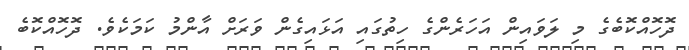
ދޮހޮއްކޮބެގެ މި ލަވައިން އަހަރެންގެ ހިތުގައި އަޅައިގެން ވަރަށް އާންމު ކަމަކެވެ. ދޮހޮއްކޮބެ